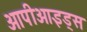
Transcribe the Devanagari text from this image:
ओपीओइड्स